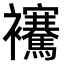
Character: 𧟑